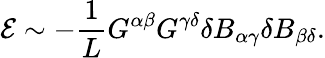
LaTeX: {\cal E}\sim-\frac{1}{L}G^{\alpha\beta}G^{\gamma\delta}\delta B_{\alpha\gamma}\delta B_{\beta\delta}.